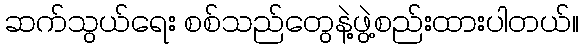
ဆက်သွယ်ရေး စစ်သည်တွေနဲ့ဖွဲ့စည်းထားပါတယ်။